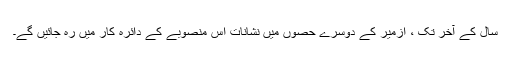
سال کے آخر تک ، ازمیر کے دوسرے حصوں میں نشانات اس منصوبے کے دائرہ کار میں رہ جائیں گے۔